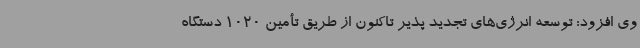
وی افزود: توسعه انرژی‌های تجدید پذیر تاکنون از طریق تأمین 1020 دستگاه